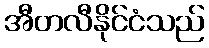
အီတလီနိုင်ငံသည်